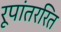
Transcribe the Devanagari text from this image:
रूपांतररित